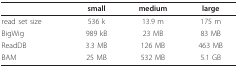
|  | small | medium | large |
 | --- | --- | --- | --- |
 | read set size | 536 k | 13.9 m | 175 m |
 | BigWig | 989 kB | 23 MB | 83 MB |
 | ReadDB | 3.3 MB | 126 MB | 463 MB |
 | BAM | 25 MB | 532 MB | 5.1 GB |